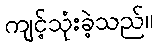
ကျင့်သုံးခဲ့သည်။